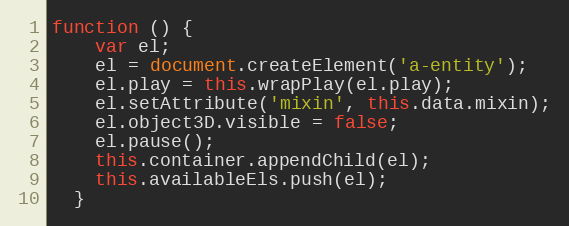
Language: JavaScript
function () {
    var el;
    el = document.createElement('a-entity');
    el.play = this.wrapPlay(el.play);
    el.setAttribute('mixin', this.data.mixin);
    el.object3D.visible = false;
    el.pause();
    this.container.appendChild(el);
    this.availableEls.push(el);
  }